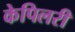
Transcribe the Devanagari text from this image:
केपिलरी